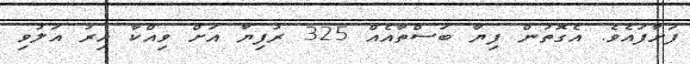
ފަށާފައެވެ. އެގޮތުން ފިޔާ ބަސްތާއެއް 325 ރުފިޔާ އަށް ވިއްކާ އިރު އަލުވި